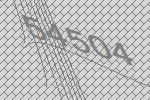
54504